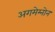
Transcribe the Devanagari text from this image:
अगमेम्नोन